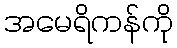
အမေရိကန်ကို